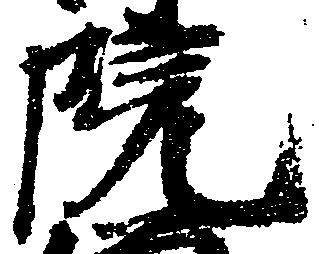
院